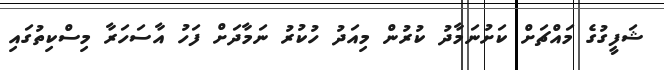
ޝަފީގުގެ މައްޗަށް ކަށުނަމާދު ކުރުން މިއަދު ހުކުރު ނަމާދަށް ފަހު އާސަހަރާ މިސްކިތުގައި